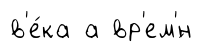
в'е́ка а вр'ем'́н